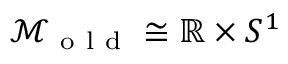
\mathcal { M } _ { \mathrm { ~ o ~ l ~ d ~ } } \cong \mathbb { R } \times S ^ { 1 }